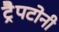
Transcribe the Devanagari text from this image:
ट्रैपटोनी